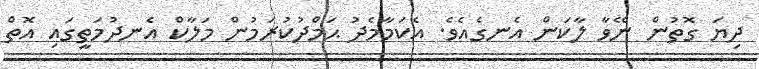
ދިޔަ ގޮތުން ނޭވާ ލާކަން އެނގެއެވެ. އެކަމާމެދު ޙަމްދުކުރަމުން މަލާކް އެނދުމަތީގައި އޮތް